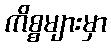
ကိစ္စများမှာ